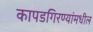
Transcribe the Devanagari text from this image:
कापडगिरण्यांमधील